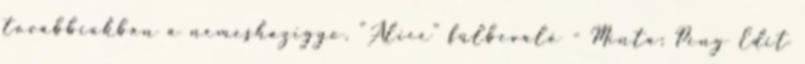
továbbiakban a nemeshazigyo. "Alice" fülbevaló - Minta: Peng Edit